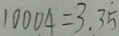
1 0 0 0 4 = 3 . 3 \dot { 5 }